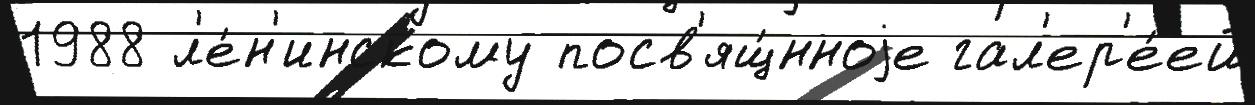
1988 л'е́н'инскому посв'ящ́нноjе гал'ер'е́ей